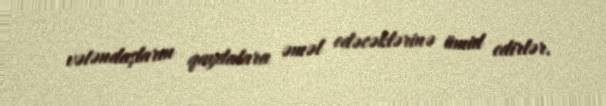
vətəndaşların qaydalara əməl edəcəklərinə ümid edirlər.